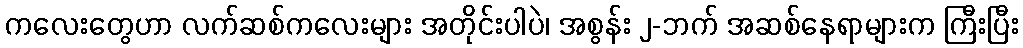
ကလေးတွေဟာ လက်ဆစ်ကလေးများ အတိုင်းပါပဲ၊ အစွန်း ၂-ဘက် အဆစ်နေရာများက ကြီးပြီး